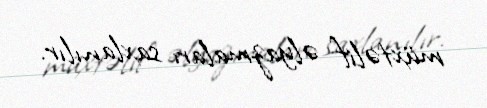
müxtəlif əlyazmaları saxlanılır.